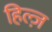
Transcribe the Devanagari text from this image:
हिल्ज़